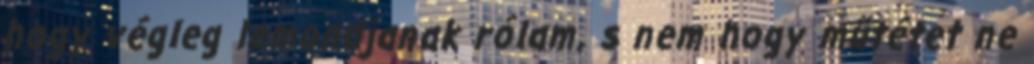
hogy végleg lemondjanak rólam, s nem hogy műtétet ne